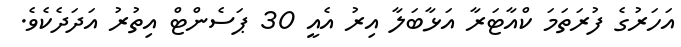
އަހަރުގެ ފުރަތަމަ ކްއާޓަރާ އަޅާބަލާ އިރު އެއީ 30 ޕަސެންޓް އިތުރު އަދަދެކެވެ.